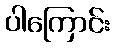
ပါကြောင်း